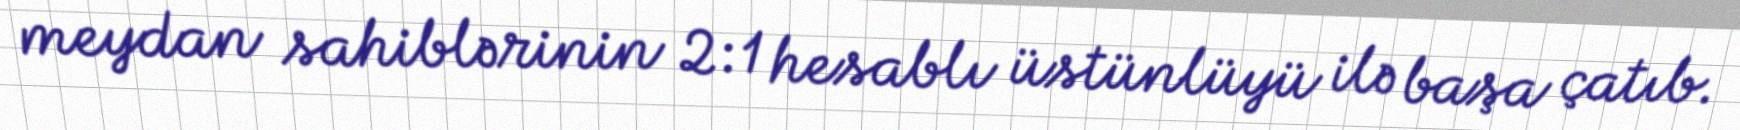
meydan sahiblərinin 2:1 hesablı üstünlüyü ilə başa çatıb.